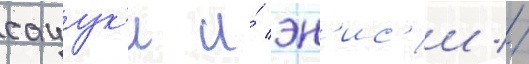
сацук'и и́ эн'ис'и //